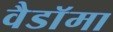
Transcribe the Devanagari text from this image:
वैडाॅमा